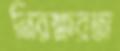
নিরক্ষরতা